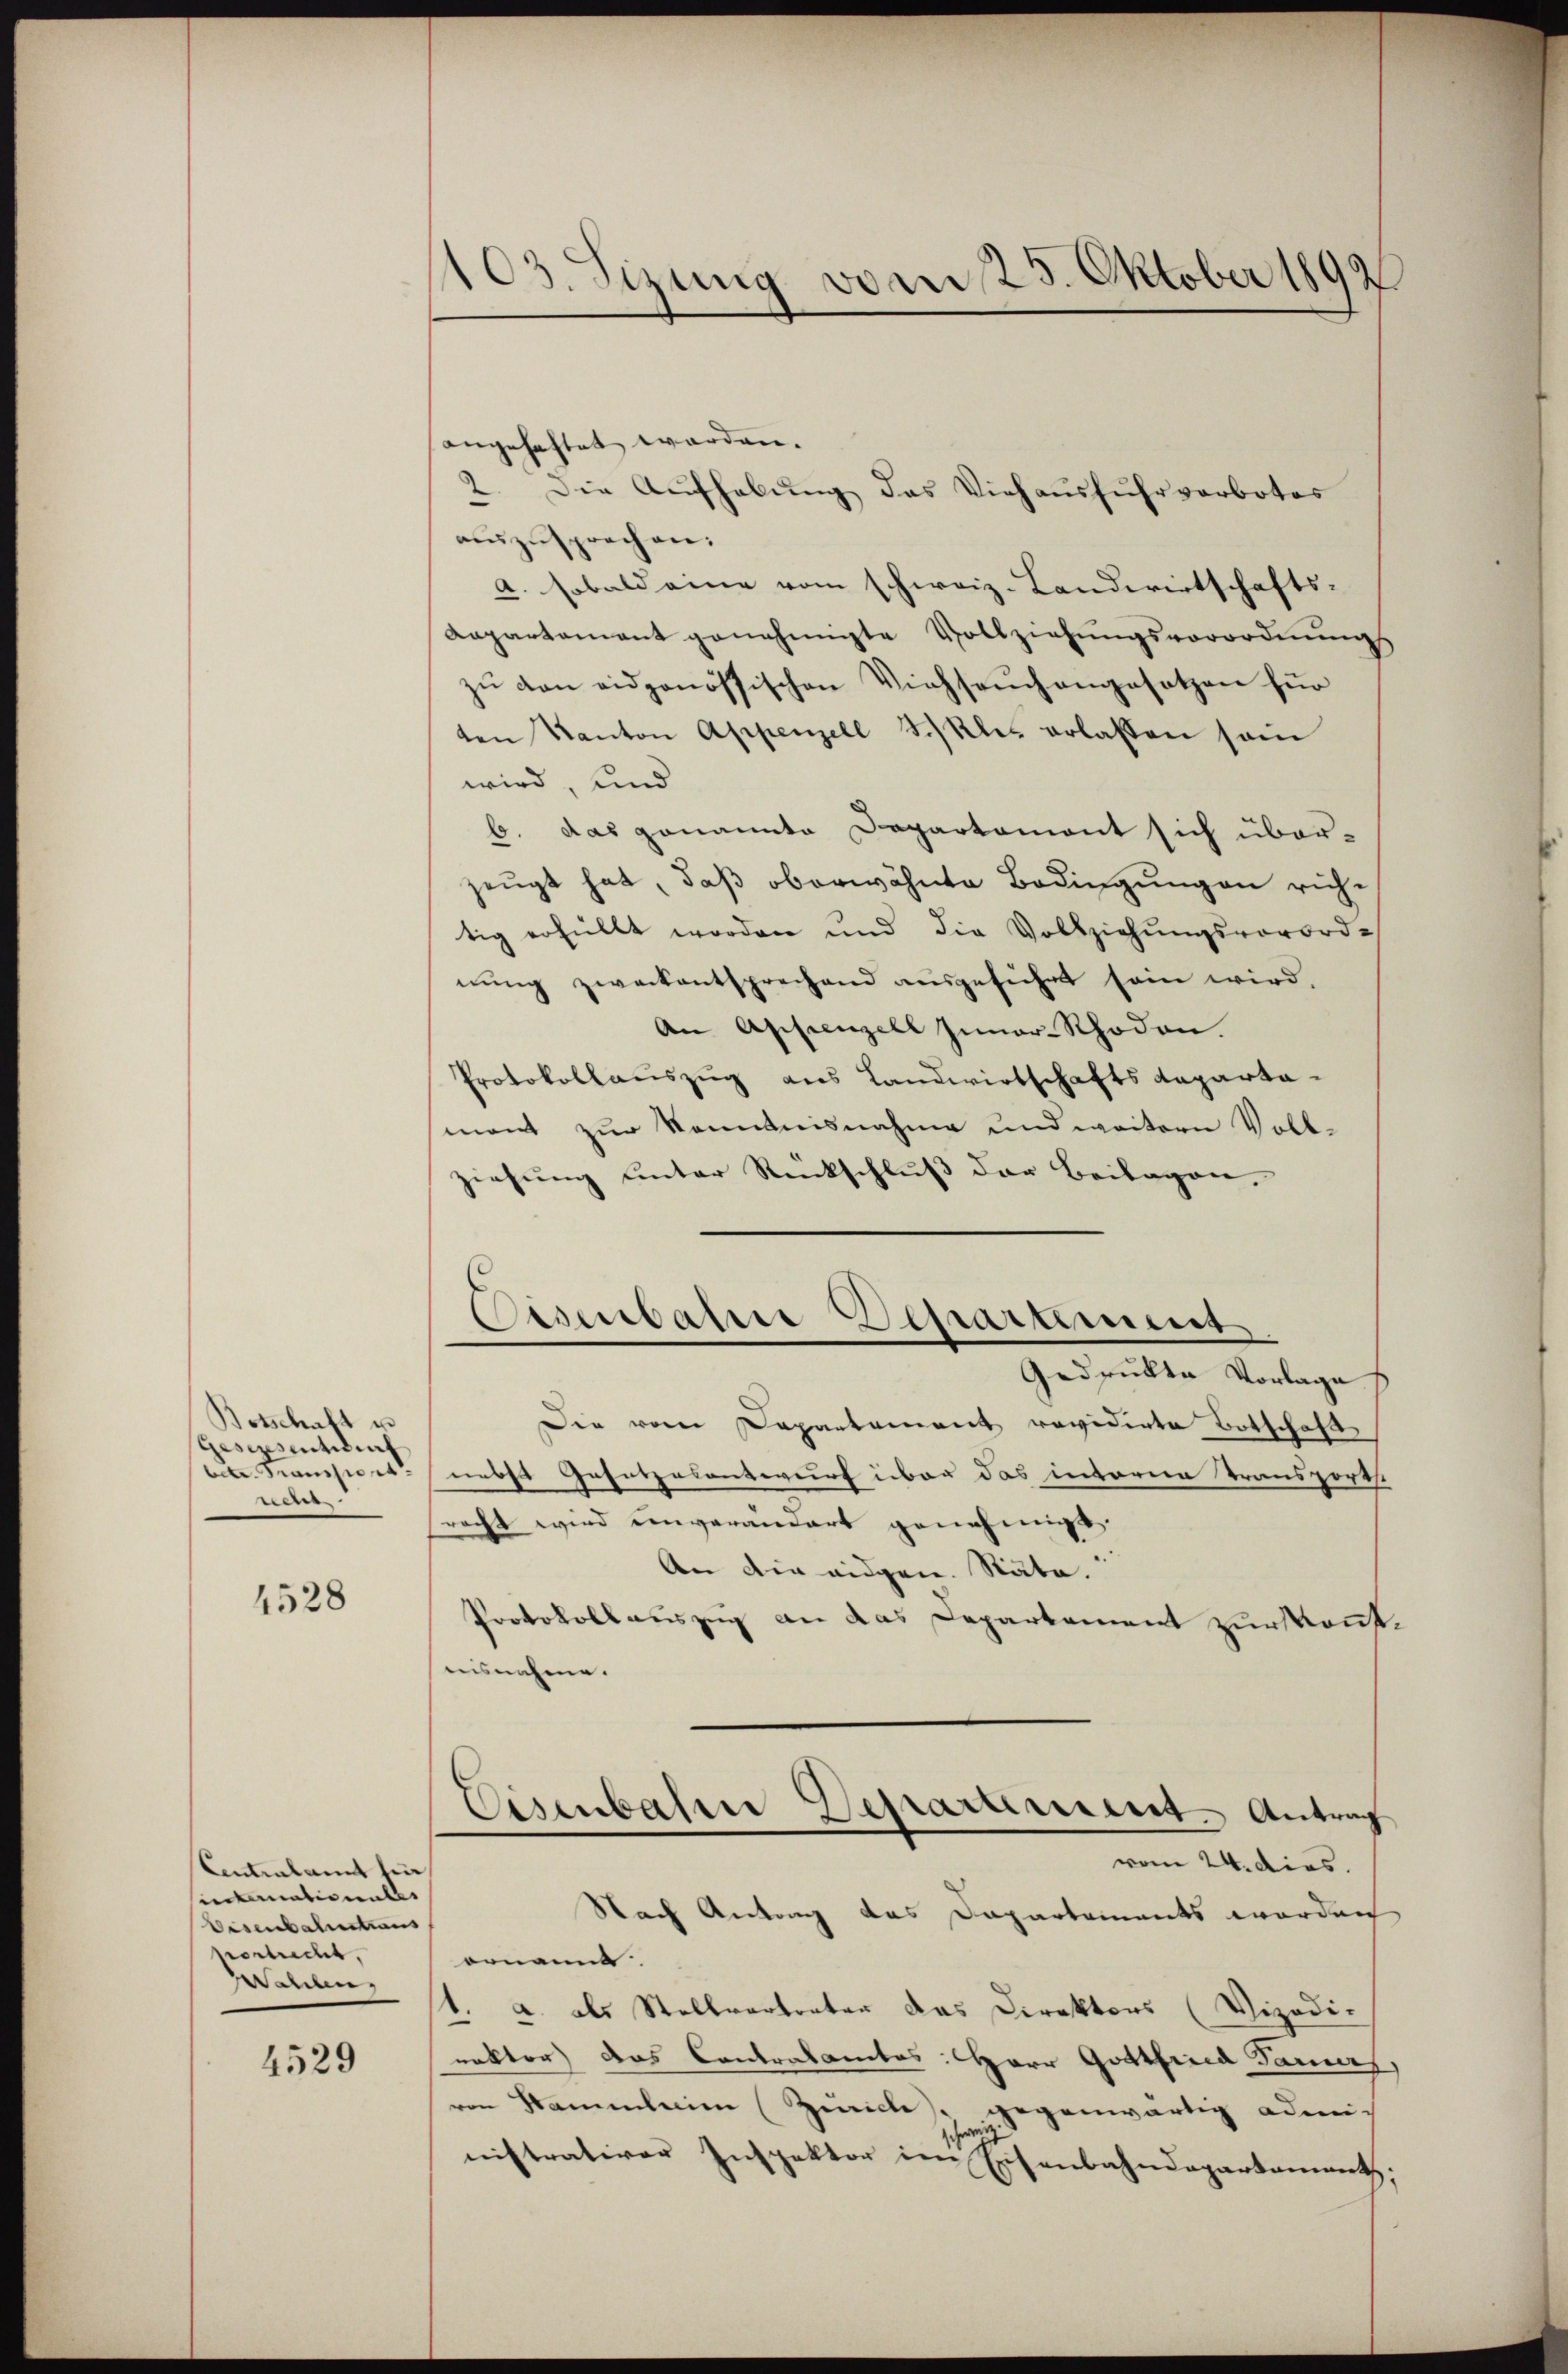
Botschaft u
ges Antident
betr. Transtors
neur.

1528

Centralamt für
intimationale
Eisenbahrestiaus
postrecht,
Wahlen,

4529

103. Sizung vom 25. Oktober 1892

angehaftet werden.
2. Die Aŭfhebŭng das Viehaŭsfŭhrverbotes
auszusprechen.
A. sobald eine vom schweiz. Landwirtschafts-
Kapartament genehmigte Vollziehŭngsverordnŭngs
zŭ von eidgenössischen Viehsaŭch angesetzen für
ten Kanton Appenzell 3.)kles erlassen sein
wird, und
b. das genannte Departemont sich überzeugt hat, daß oberwähnte Bedingungen ruhe
tig erfüllt worden und die Vollziehŭngsverord-
nung zweckentsprechend ausgeführt sein wird,
An Appenzell Inner-Rhoden.
Protokollauszug aus Landwirtschafts Reparta-
mont zur Kenntnisnahme und weitern Voll-
ziehung unter Rückschluß der Beilagen,
Eisenbahne Departement
Gedrukte Vorlage f
Die vom Departement revidirte Botschaft
nebst Gesetzelentwurf über das interen Transportst
racht wird unverändert genehmigt.
An die eidgen. Stäte.
Protokollauszug an das Departement zur Konstaisnahme.
Eisenbahre Departement Antrag
vom 24. dies.
Nach Antrag das Dapartements worden
ornann
1. u. als Stellvertreter das Direktors (Vizodi-
rektor das Contralamtes: Herr Gottfried Parers,
von Sammlerien (Zürich, gegenwärtig admi
nistrativer Inspektor im Eisenbahndepartement;